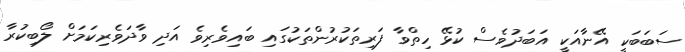
ސަބަބަކީ އޭނާއަކީ އަބަދުވެސް ކުޅޭ ހިތްވާ ފަރިތަކުރުންތަކުގައި ބައިވެރިވެ އަދި ވާދަވެރިކަމަށް ލޯބިކުރާ